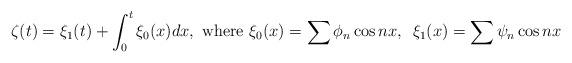
LaTeX: \begin{align*}\zeta(t)=\xi_1(t)+\int_0^t\xi_0(x)dx, \mbox { where } \xi_0(x)=\sum{\phi_n\cos{nx}}, \,\,\, \xi_1(x)=\sum{\psi_n\cos{nx}}\end{align*}